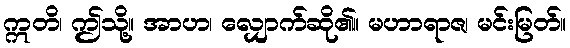
ဣတိ၊ ဤသို့။ အာဟ၊ လျှောက်ဆို၏။ မဟာရာဇ၊ မင်းမြတ်။